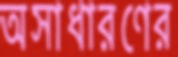
অসাধারণের